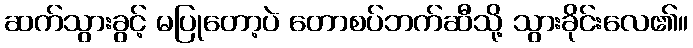
ဆက်သွားခွင့် မပြုတော့ပဲ တောစပ်ဘက်ဆီသို့ သွားခိုင်းလေ၏။